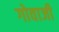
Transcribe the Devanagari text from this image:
गोवाजी